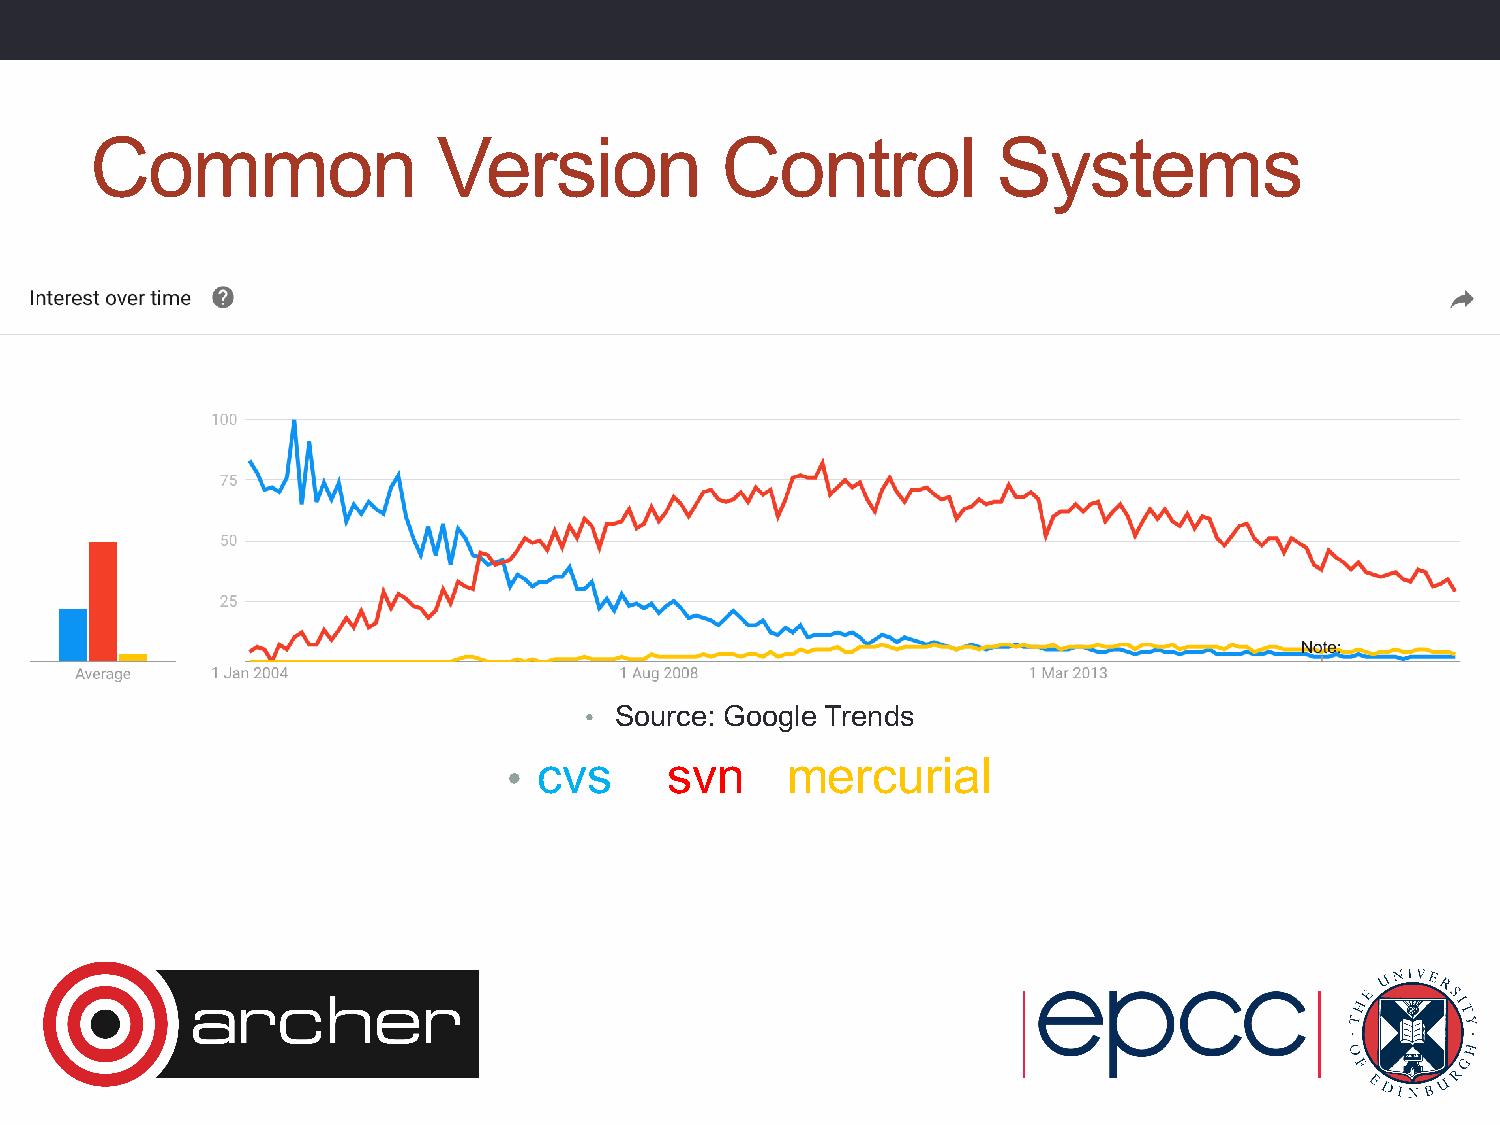
Common                 Version            Control           Systems
 • Source: Google Trends
 cvs     svn     mercurial
 •